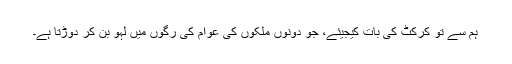
ہم سے تو کرکٹ کی بات کیجیئے، جو دونوں ملکوں کی عوام کی رگوں میں لہو بن کر دوڑتا ہے۔